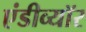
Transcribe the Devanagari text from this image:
एंडीव्यॉर